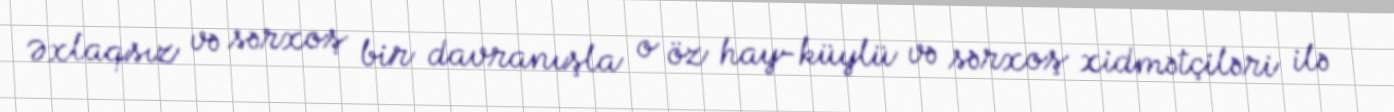
Əxlaqsız və sərxoş bir davranışla o öz hay-küylü və sərxoş xidmətçiləri ilə